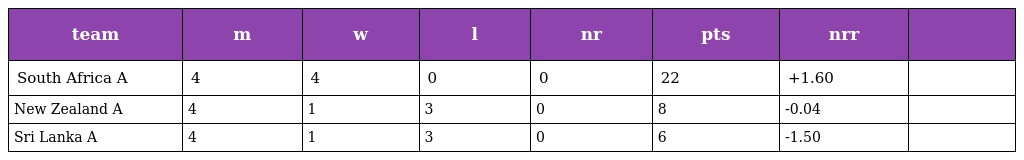
| team | m | w | l | nr | pts | nrr |  |
 | --- | --- | --- | --- | --- | --- | --- | --- |
 | South Africa A | 4 | 4 | 0 | 0 | 22 | +1.60 |  |
 | New Zealand A | 4 | 1 | 3 | 0 | 8 | -0.04 |  |
 | Sri Lanka A | 4 | 1 | 3 | 0 | 6 | -1.50 |  |